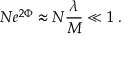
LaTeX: N e ^ { 2 \Phi } \approx N { \frac { \lambda } { M } } \ll 1 \; .